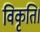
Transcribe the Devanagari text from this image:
विकृति।